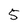
Character: 5